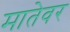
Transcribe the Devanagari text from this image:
मातेवर